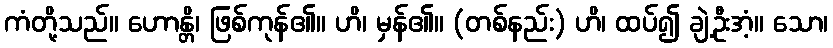
ကံတို့သည်။ ဟောန္တိ၊ ဖြစ်ကုန်၏။ ဟိ၊ မှန်၏။ (တစ်နည်း) ဟိ၊ ထပ်၍ ချဲ့ဦးအံ့။ သော၊